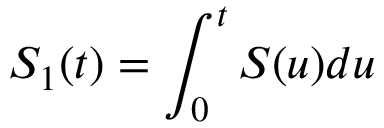
S _ { 1 } ( t ) = \int _ { 0 } ^ { t } S ( u ) d u